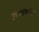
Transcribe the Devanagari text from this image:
ज्य्म्नोपिलीउस